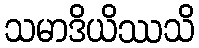
သမာဒိယိဿသိ